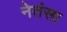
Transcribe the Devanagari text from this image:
नेतंसा